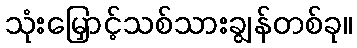
သုံးမြှောင့်သစ်သားချွန်တစ်ခု။